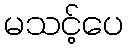
မသင့်ပေ